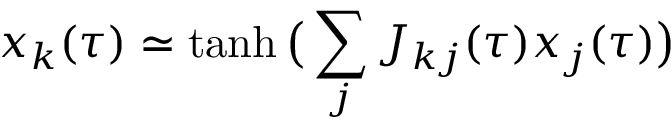
x _ { k } ( \tau ) \simeq \mathrm { t a n h } \, \big ( \sum _ { j } J _ { k j } ( \tau ) x _ { j } ( \tau ) \big )